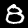
Digit: 8